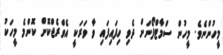
މީހުންނެވެ. މީހުން ސްމާޓްފޯނަށް ދެވި ހިފައިފައި ވާ ވަރަކީ އެވްރެޖްކޮށް ކޮންމެ މީހަކު